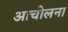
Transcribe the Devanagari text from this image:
आचोलना